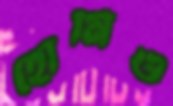
হোমিও